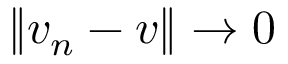
\left\| v _ { n } - v \right\| \rightarrow 0